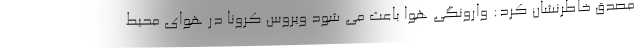
مصدق خاطرنشان کرد: وارونگی هوا باعث می شود ویروس کرونا در هوای محیط